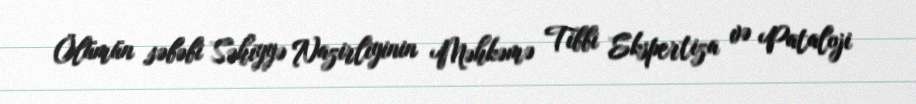
Ölümün səbəbi Səhiyyə Nazirliyinin Məhkəmə Tibbi Ekspertiza və Pataloji